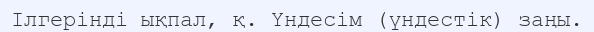
Ілгерінді ықпал, қ. Үндесім (үндестік) заңы.